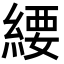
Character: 䌁